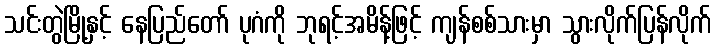
သင်းတွဲမြို့နှင့် နေပြည်တော် ပုဂံကို ဘုရင့်အမိန့်ဖြင့် ကျန်စစ်သားမှာ သွားလိုက်ပြန်လိုက်